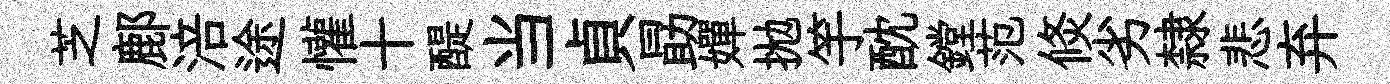
芝鄜涪途懽十醍当貞勗嬋拋竽酖鏜范倐劣隸悲弃